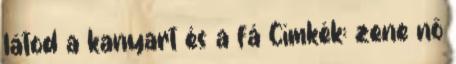
látod a kanyart és a fá Címkék: zene nő